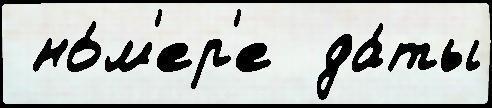
 но́м'ер'е  да́ты